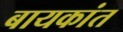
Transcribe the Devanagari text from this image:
बायकांत